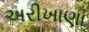
અરીખાણા